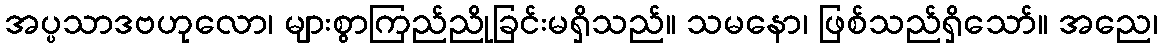
အပ္ပသာဒဗဟုလော၊ များစွာကြည်ညိုခြင်းမရှိသည်။ သမနော၊ ဖြစ်သည်ရှိသော်။ အညေ၊